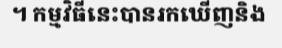
។ កម្មវិធីនេះបានរកឃើញនិង